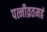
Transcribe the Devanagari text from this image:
पत्नीव्रतमहं